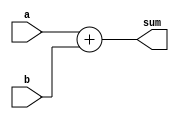
`timescale 1ns / 1ps
//////////////////////////////////////////////////////////////////////////////////
// Company: 
// Engineer: 
// 
// Design Name: 
// Module Name: Add19
// Project Name: 
// Target Devices: 
// Tool Versions: 
// Description: 
// 
// Dependencies: 
// 
// Revision:
// Revision 0.01 - File Created
// Additional Comments:
// 
//////////////////////////////////////////////////////////////////////////////////


module Add17(
    input signed [16:0] a,
    input signed [16:0] b,
    output signed [17:0] sum
    );
    
    assign sum=a+b;

endmodule